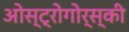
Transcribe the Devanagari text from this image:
ओस्ट्रोगोर्स्की